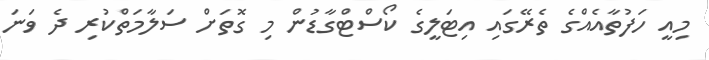
މިއީ ހަފުތާއެއްގެ ތެރޭގައި އިޓަލީގެ ކޯސްޓްގާޑުން މި ގޮތަށް ސަލާމަތްކުރި ދެ ވަނަ